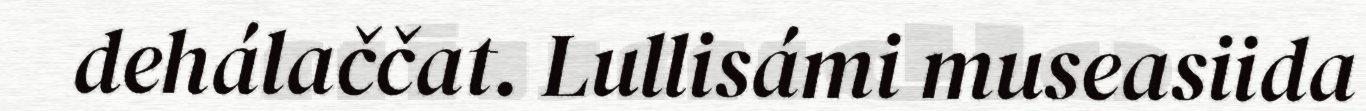
dehálaččat. Lullisámi museasiida